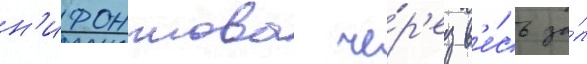
н'ифонтова че́р'ез в'е́сь за́л